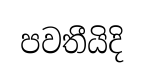
පවතීයිදි